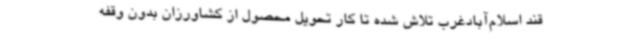
قند اسلام‌آبادغرب تلاش شده تا کار تحویل محصول از کشاورزان بدون وقفه